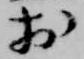
於